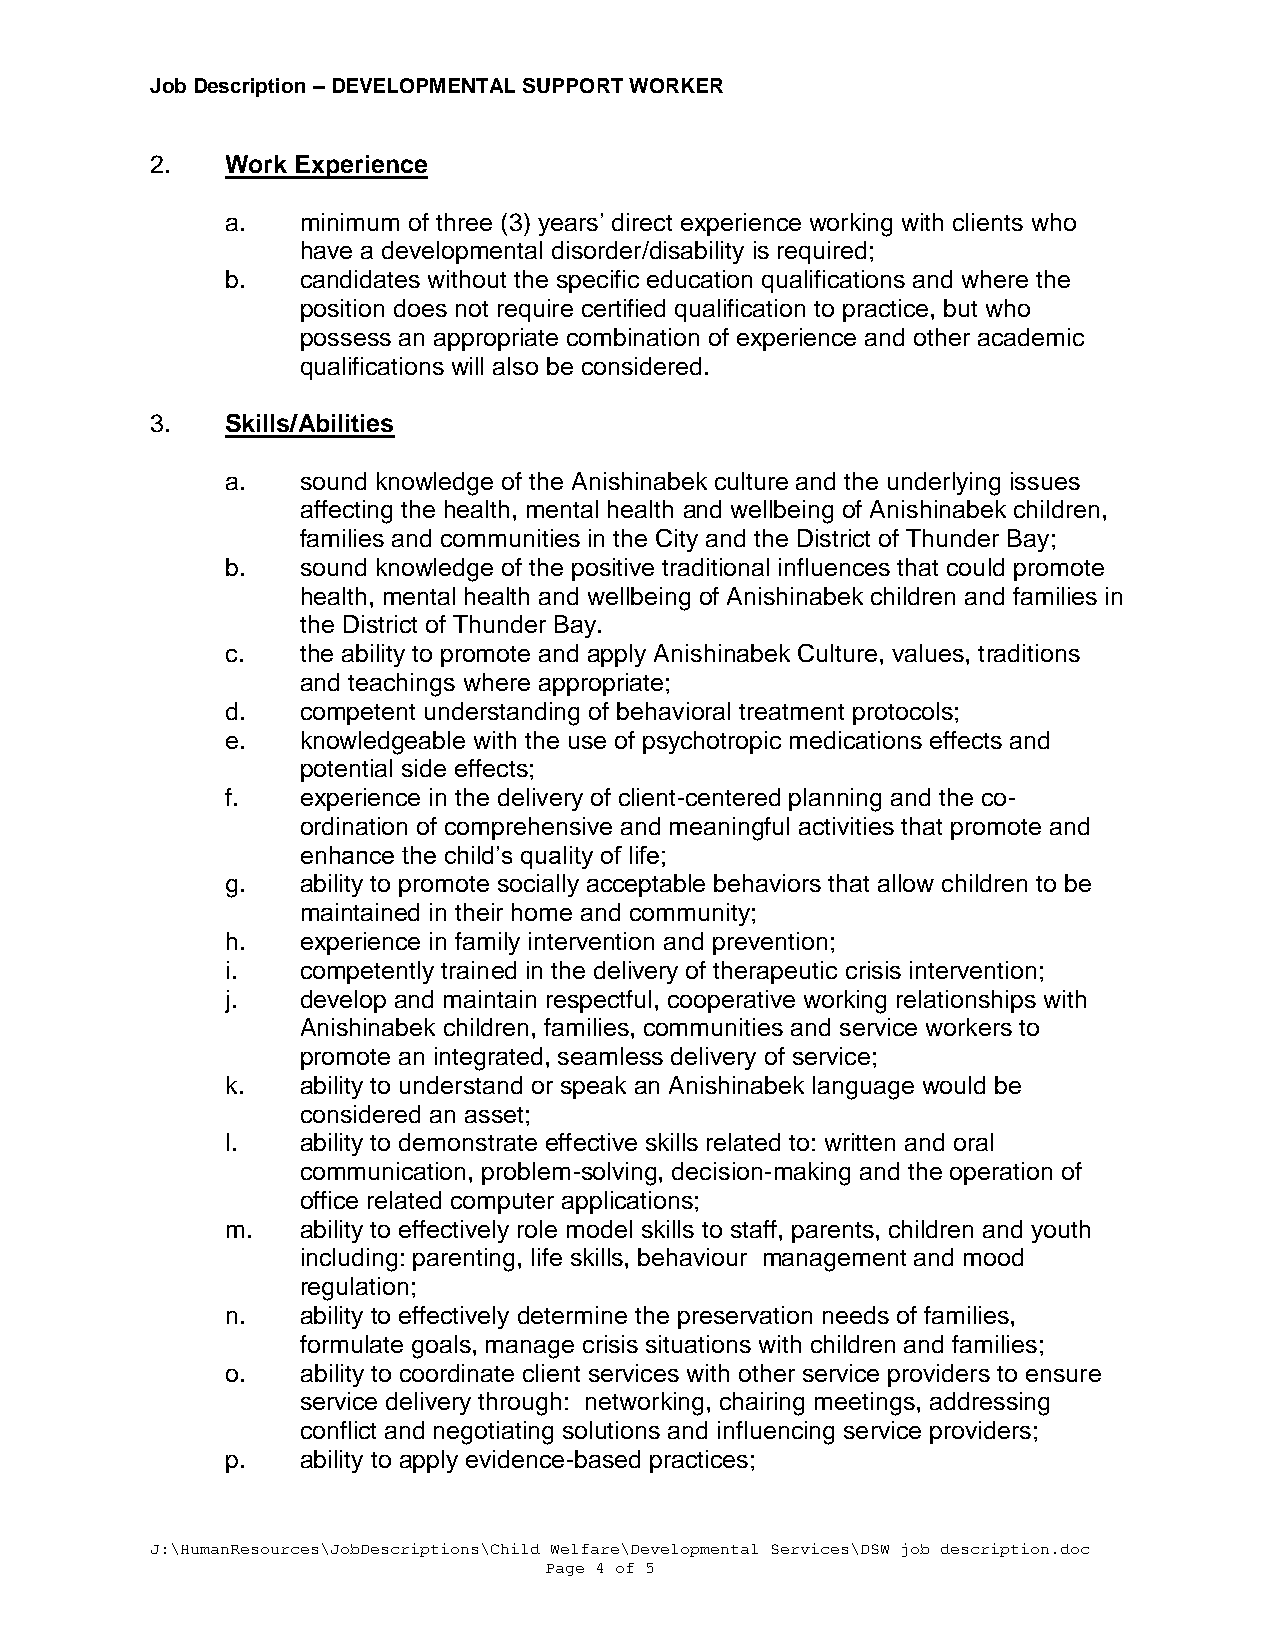
Job Description – DEVELOPMENTAL SUPPORT WORKER
 2.   Work Experience
 a.   minimum of three (3) years’ direct experience working with clients who
 have a developmental disorder/disability is required;
 b.   candidates without the specific education qualifications and where the
 position does not require certified qualification to practice, but who
 possess an appropriate combination of experience and other academic
 qualifications will also be considered.
 3.   Skills/Abilities
 a.   sound knowledge of the Anishinabek culture and the underlying issues
 affecting the health, mental health and wellbeing of Anishinabek children,
 families and communities in the City and the District of Thunder Bay;
 b.   sound knowledge of the positive traditional influences that could promote
 health, mental health and wellbeing of Anishinabek children and families in
 the District of Thunder Bay.
 c.   the ability to promote and apply Anishinabek Culture, values, traditions
 and teachings where appropriate;
 d.   competent understanding of behavioral treatment protocols;
 e.   knowledgeable with the use of psychotropic medications effects and
 potential side effects;
 f.   experience in the delivery of client-centered planning and the co-
 ordination of comprehensive and meaningful activities that promote and
 enhance the child’s quality of life;
 g.   ability to promote socially acceptable behaviors that allow children to be
 maintained in their home and community;
 h.   experience in family intervention and prevention;
 i.   competently trained in the delivery of therapeutic crisis intervention;
 j.   develop and maintain respectful, cooperative working relationships with
 Anishinabek children, families, communities and service workers to
 promote an integrated, seamless delivery of service;
 k.   ability to understand or speak an Anishinabek language would be
 considered an asset;
 l.   ability to demonstrate effective skills related to: written and oral
 communication, problem-solving, decision-making and the operation of
 office related computer applications;
 m.   ability to effectively role model skills to staff, parents, children and youth
 including: parenting, life skills, behaviour management and mood
 regulation;
 n.   ability to effectively determine the preservation needs of families,
 formulate goals, manage crisis situations with children and families;
 o.   ability to coordinate client services with other service providers to ensure
 service delivery through: networking, chairing meetings, addressing
 conflict and negotiating solutions and influencing service providers;
 p.   ability to apply evidence-based practices;
 J:\HumanResources\JobDescriptions\Child Welfare\Developmental Services\DSW job description.doc
 Page 4 of 5